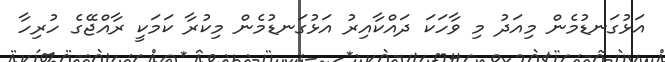
އަޅުގަނޑުމެން މިއަދު މި ވާހަކަ ދައްކާއިރު އަޅުގަނޑުމެން މިކުރާ ކަމަކީ ރާއްޖޭގެ ހުރިހާ